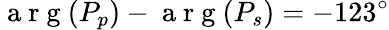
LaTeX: \mathrm{~a~r~g~}(P_{p})-\mathrm{~a~r~g~}(P_{s})=-123^{\circ}